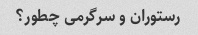
رستوران و سرگرمی چطور؟